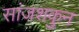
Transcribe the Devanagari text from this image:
सांजशकुन